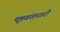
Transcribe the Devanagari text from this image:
पृष्ठवंशधारी